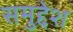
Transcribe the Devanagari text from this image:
समुद्देश